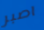
اصبر